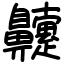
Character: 䶑